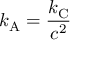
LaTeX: k _ { \mathrm { { A } } } = { \frac { k _ { \mathrm { { C } } } } { c ^ { 2 } } }